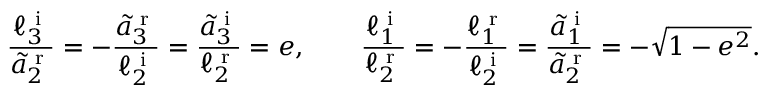
\frac { \ell _ { 3 } ^ { \textrm { i } } } { \tilde { a } _ { 2 } ^ { \textrm { r } } } = - \frac { \tilde { a } _ { 3 } ^ { \textrm { r } } } { \ell _ { 2 } ^ { \textrm { i } } } = \frac { \tilde { a } _ { 3 } ^ { \textrm { i } } } { \ell _ { 2 } ^ { \textrm { r } } } = e , \qquad \frac { \ell _ { 1 } ^ { \textrm { i } } } { \ell _ { 2 } ^ { \textrm { r } } } = - \frac { \ell _ { 1 } ^ { \textrm { r } } } { \ell _ { 2 } ^ { \textrm { i } } } = \frac { \tilde { a } _ { 1 } ^ { \textrm { i } } } { \tilde { a } _ { 2 } ^ { \textrm { r } } } = - \sqrt { 1 - e ^ { 2 } } .